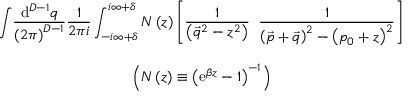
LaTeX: \begin{array} { c c c } { { { } } } & { { \displaystyle { \int } \displaystyle { \frac { \mathrm { d } ^ { D - 1 } q } { \left( 2 \pi \right) ^ { D - 1 } } } \displaystyle { \frac { 1 } { 2 \pi i } } \int _ { - i \infty + \delta } ^ { i \infty + \delta } N \left( z \right) \left[ \displaystyle { \frac { 1 } { \left( \vec { q } ^ { 2 } - z ^ { 2 } \right) } } \; \; \displaystyle { \frac { 1 } { \left( \vec { p } + \vec { q } \right) ^ { 2 } - \left( p _ { 0 } + z \right) ^ { 2 } } } \right] } } & { { { } } } \\ { { { } } } & { { { } } } & { { { } } } \\ { { { } } } & { { \left( N \left( z \right) \equiv \left( \mathrm { e } ^ { \beta z } - 1 \right) ^ { - 1 } \right) } } & { { { } } } \end{array}